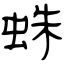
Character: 蛛